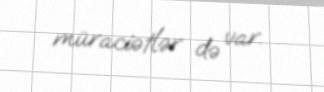
müraciətlər də var.